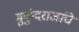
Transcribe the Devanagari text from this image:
मुकुंदराजांचे